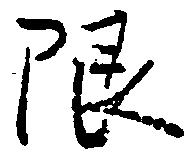
限